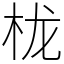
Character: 栊